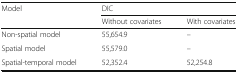
<table><thead><tr><td rowspan="2"><b>Model</b></td><td colspan="2"><b>DIC</b></td></tr><tr><td><b>Without covariates</b></td><td><b>With covariates</b></td></tr></thead><tbody><tr><td>Non-spatial model</td><td>55,654.9</td><td>–</td></tr><tr><td>Spatial model</td><td>55,579.0</td><td>–</td></tr><tr><td>Spatial-temporal model</td><td>52,352.4</td><td>52,254.8</td></tr></tbody></table>